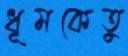
ধূমকেতু